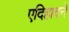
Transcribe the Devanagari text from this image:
एदिहादने